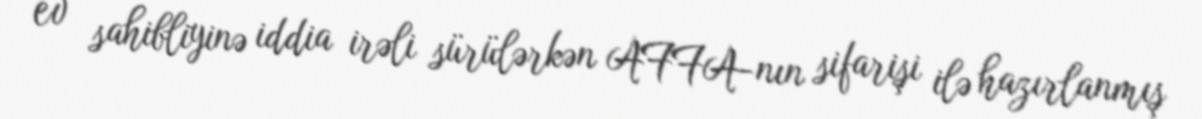
ev sahibliyinə iddia irəli sürülərkən AFFA-nın sifarişi ilə hazırlanmış